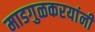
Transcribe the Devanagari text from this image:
माडगुळकरयांनी